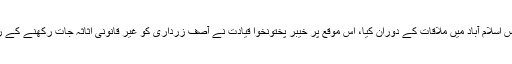
ان خیالات کا اظہار انہوں نے خیبر پختونخوا سے آئے ہوئے پارٹی رہنماؤں سے زرداری ہاؤس اسلام آباد میں ملاقات کے دوران کیا، اس موقع پر خیبر پختونخوا قیادت نے آصف زرداری کو غیر قانونی اثاثہ جات رکھنے کے ریفرنس میں نیب سے باعزت بری ہونے پرخوشی کا اظہار کرتے ہوئے انہیں مبارک باد دی۔